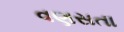
વણસતા